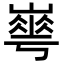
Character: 𡼙